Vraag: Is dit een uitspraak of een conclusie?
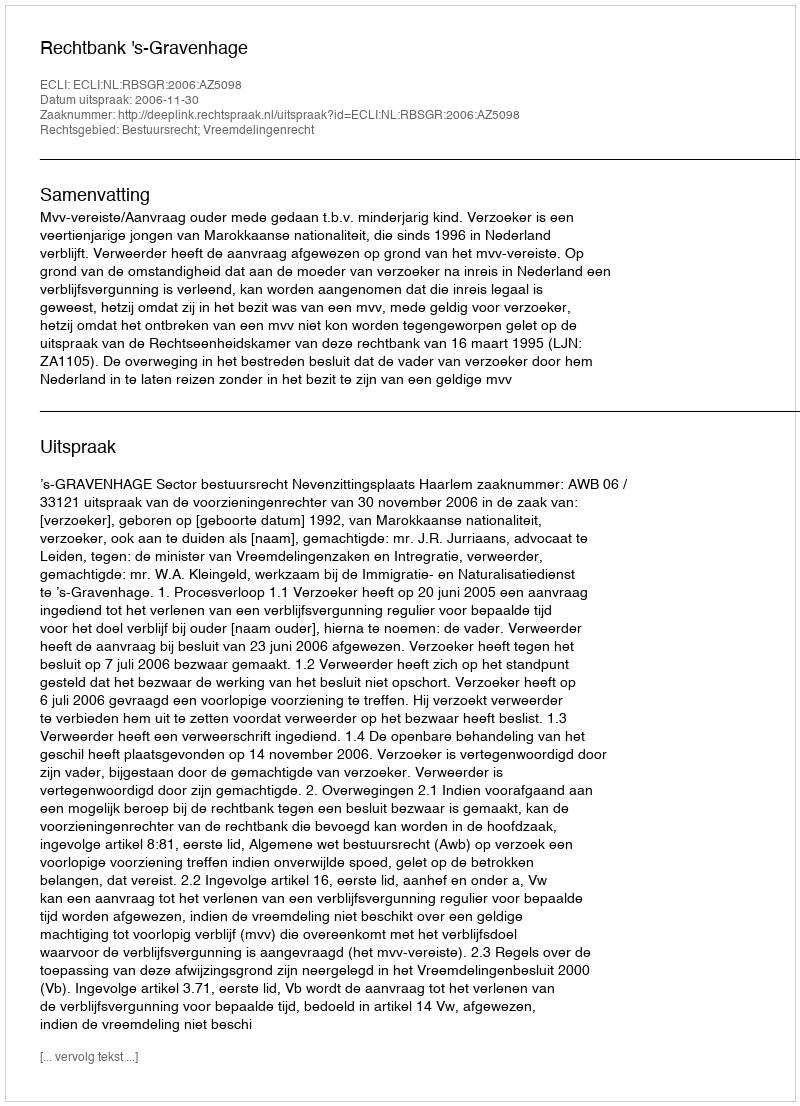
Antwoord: Uitspraak